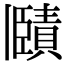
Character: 𧷤